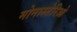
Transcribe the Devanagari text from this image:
मोनास्तेरिओ